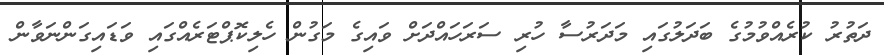
ދަތުރު ކުރެއްވުމުގެ ބަދަލުގައި މަދަރުސާ ހުރި ސަރަހައްދަށް ވައިގެ މަގުން ހެލިކޮޕްޓަރެއްގައި ވަޑައިގަންނަވާން